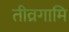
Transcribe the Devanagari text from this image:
तीव्रगामि